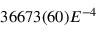
3 6 6 7 3 ( 6 0 ) E ^ { - 4 }